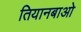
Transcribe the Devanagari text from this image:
तियानबाओ